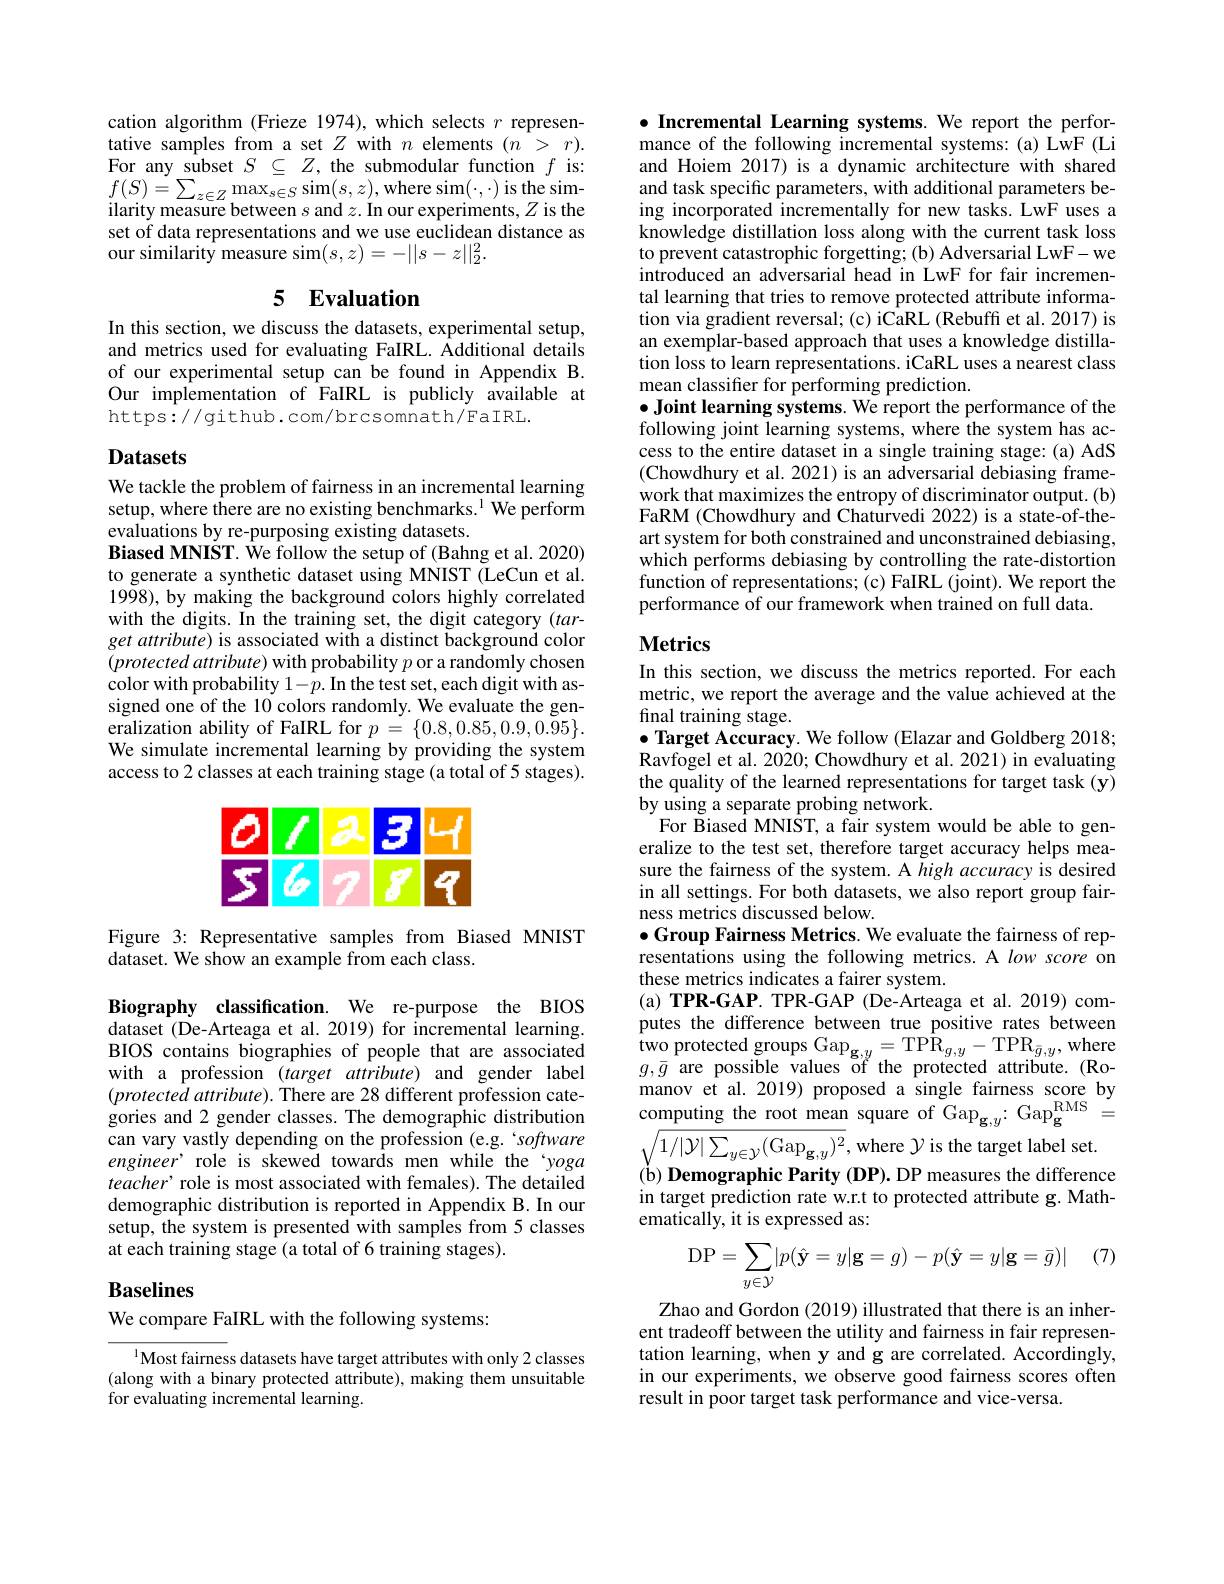
cation algorithm (Frieze 1974), which selects $r$ representative samples from a set $Z$ with $n$ elements $(n^{-}>r).$ For any subset $S$ $\subseteq$ $Z$, the submodular function $f$ is: $\begin{array}{l}{f(S)=\sum_{z\in Z}\max_{s\in S}\sin(s,z),\mathrm{where~sim}(\cdot,\cdot)\mathrm{is~the~sim-}}\\{\text{ilarity measure between s and }z.\mathrm{In~our~experiments,~}Z\mathrm{~is~the}}\end{array}$ set of data representations and we use euclidean distance as our similarity measure sim$(s,z)=-||s-z||_2^2.$

## 5 $\textbf{Evaluation}$

In this section, we discuss the datasets, experimental setup, and metrics used for evaluating FaIRL. Additional details of our experimental setup can be found in Appendix B. Our implementation of FaIRL is publicly available at https://github.com/brcsomnath/FaIRL.

# Datasets

We tackle the problem of fairness in an incremental learning setup, where there are no existing benchmarks.$^{1}$ We perform evaluations by re-purposing existing datasets.
Biased MNIST. We follow the setup of (Bahng et al. 2020) to generate a synthetic dataset using MNIST (LeCun et al. 1998), by making the background colors highly correlated with the digits. In the training set, the digit category (target attribute) is associated with a distinct background color $(protectedattribute)$ with probability $p$ or a randomly chosen color with probability $1-p.$ In the test set, each digit with assigned one of the 10 colors randomly. We evaluate the generalization ability of FaIRL for $p=\{0.8,0.85,0.9,0.95\}.$ We simulate incremental learning by providing the system access to 2 classes at each training stage (a total of 5 stages).

<FigureHere>

Figure 3: Representative samples from Biased MNIST
dataset. We show an example from each class.

Biography classification. We re-purpose the BIOS dataset (De-Arteaga et al.2019) for incremental learning. BIOS contains biographies of people that are associated with a profession $( target$ $attribute)$ and gender label $(protectedattribute).$ There are 28 different profession categories and 2 gender classes. The demographic distribution can vary vastly depending on the profession (e.g. `software engineer’ role is skewed towards men while the‘yoga teacher' role is most associated with females). The detailed demographic distribution is reported in Appendix B. In our setup, the system is presented with samples from 5 classes at each training stage (a total of 6 training stages).

# Baselines

We compare FaIRL with the following systems:

$^{1}$Most fairness datasets have target attributes with only 2 classes (along with a binary protected attribute), making them unsuitable for evaluating incremental learning.

$\bullet$ Incremental Learning systems. We report the performance of the following incremental systems: (a) LwF (Li and Hoiem 2017) is a dynamic architecture with shared and task specific parameters, with additional parameters being incorporated incrementally for new tasks. LwF uses a knowledge distillation loss along with the current task loss to prevent catastrophic forgetting; (b) Adversarial LwF- we introduced an adversarial head in LwF for fair incremental learning that tries to remove protected attribute information via gradient reversal; (c) iCaRL (Rebuffi et al. 2017) is an exemplar-based approach that uses a knowledge distillation loss to learn representations. iCaRL uses a nearest class mean classifier for performing prediction.
$\bullet$ Joint learning systems. We report the performance of the following joint learning systems, where the system has access to the entire dataset in a single training stage: (a) AdS (Chowdhury et al. 2021) is an adversarial debiasing framework that maximizes the entropy of discriminator output. (b) FaRM (Chowdhury and Chaturvedi 2022) is a state-of-theart system for both constrained and unconstrained debiasing, which performs debiasing by controlling the rate-distortion $\hat{\text{function of representations;(c) FaIRL (joint). We report the}}$ performance of our framework when trained on full data.

# Metrics

In this section, we discuss the metrics reported. For each metric, we report the average and the value achieved at the final training stage.
$\bullet$ Target Accuracy. We follow (Elazar and Goldberg 2018; Ravfogel et al. 2020; Chowdhury et al. 2021) in evaluating the quality of the learned representations for target task (y) by using a separate probing network.
For Biased MNIST, a fair system would be able to generalize to the test set, therefore target accuracy helps measure the fairness of the system. A $high\textit{accuracy is desired}$ in all settings. For both datasets, we also report group fairness metrics discussed below.
$\bullet$Group Fairness Metrics. We evaluate the fairness of representations using the following metrics. A low score on these metrics indicates a fairer system
(a) TPR-GAP. TPR-GAP (De-Arteaga et al.2019) computes the difference between true positive rates between $\begin{array}{l}{\mathrm{two~protected~groups~Gap}_{\mathbf{g},y}=\mathrm{TP}\hat{R}_{g,y}-\mathrm{TP}\mathrm{R}_{\bar{g},y},\mathrm{where}}\\{g,\bar{g}}&{\mathrm{are~possible~values~of~the~protected~attribute.~(Ro--)}}\\{\mathrm{manov~et~al.~2019)~proposed~a~single~fairness~score~by}}\end{array}$ computing the root mean square of Gap$_\mathbf{g},y:\mathrm{Gap}_\mathbf{g}^{\mathrm{RMS}}=$ $\sqrt{1/|\mathcal{Y}|\sum_{y\in\mathcal{Y}}(\mathrm{Gap}_{\mathbf{g},y})^{2}}$,where $\mathcal{Y}$ is the target label set. ( $\dot{b}$) Demographic Parity ( DP) . DP measures the difference in target prediction rate w.r.t to protected attribute g. Mathematically, it is expressed as:
$$\mathrm D\mathrm P=\sum\limits_{y\in\mathcal Y}\lvert p(\hat{\mathbf y}=y\rvert\mathbf g=g)-p(\hat{\mathbf y}=y\rvert\mathbf g=\bar g)\rvert\quad(7)$$
Zhao and Gordon (2019) illustrated that there is an inherent tradeoff between the utility and fairness in fair representation learning, when y and g are correlated. Accordingly, in our experiments, we observe good fairness scores often result in poor target task performance and vice-versa.